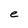
Character: e